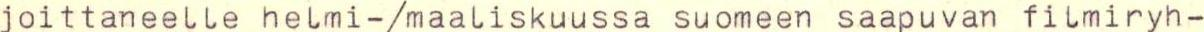
joittaneelle helmi-/maaliskuussa suomeen saapuvan fitmiryh-